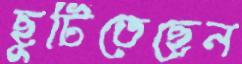
ছুটিতেছেন